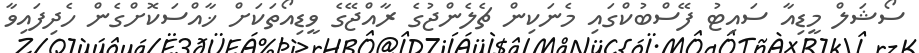
ސޯޝަލް މީޑިއާ ސައިޓު ފޭސްބުކްގައި މެނަކިން ޗެލެންޖުގެ ރާއްޖޭގެ ވީޑިއޯތަކަށް ޚާއްސަކޮށްގެން ހެދިފައިވާ